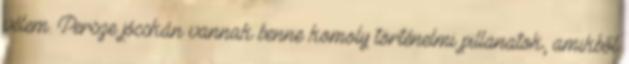
vélem. Persze jócskán vannak benne komoly történelmi pillanatok, amikből